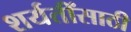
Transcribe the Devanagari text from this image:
शर्यतींसाठी